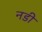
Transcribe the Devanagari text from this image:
नडी